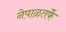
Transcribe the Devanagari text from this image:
नेपाळतर्फे